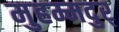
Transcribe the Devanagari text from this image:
मुहम्मदुर्